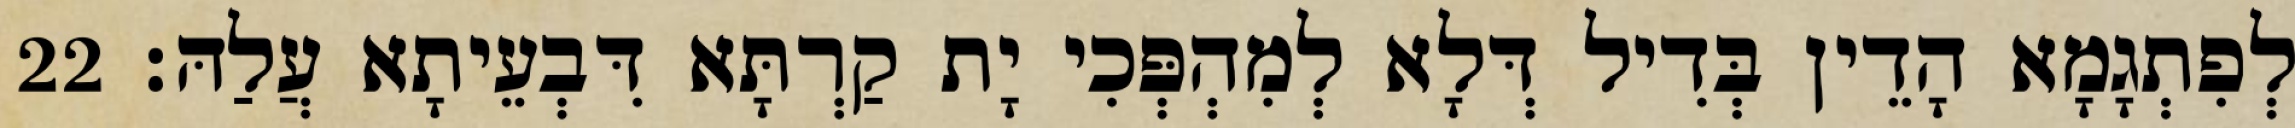
לְפִתְגָמָא הָדֵין בְּדִיל דְּלָא לְמִהְפְּכִי יָת קַרְתָּא דִּבְעֵיתָא עֲלַהּ׃ 22